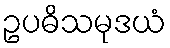
ဥပဓိသမုဒယံ